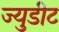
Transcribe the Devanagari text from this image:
ज्युडीट